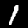
Digit: 1